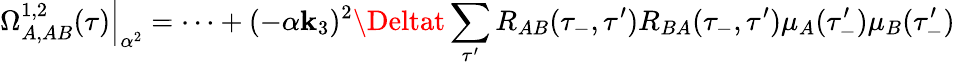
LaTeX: \Omega_{A,AB}^{1,2}(\tau)\Big|_{\alpha^{2}}=\dots+(-\alpha\mathbf{k}_{3})^{2}\Deltat\sum_{\tau^{\prime}}R_{AB}(\tau_{-},\tau^{\prime})R_{BA}(\tau_{-},\tau^{\prime})\mu_{A}(\tau_{-}^{\prime})\mu_{B}(\tau_{-}^{\prime})